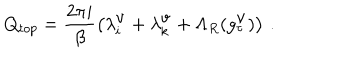
LaTeX: Q _ { t o p } = \frac { 2 \pi i } { \beta } \left( \lambda _ { i } ^ { \mathrm { v } } + \lambda _ { k } ^ { \mathrm { v } } + \Lambda _ { R } ( g _ { \tau } ^ { \mathrm { v } } ) \right) \, .